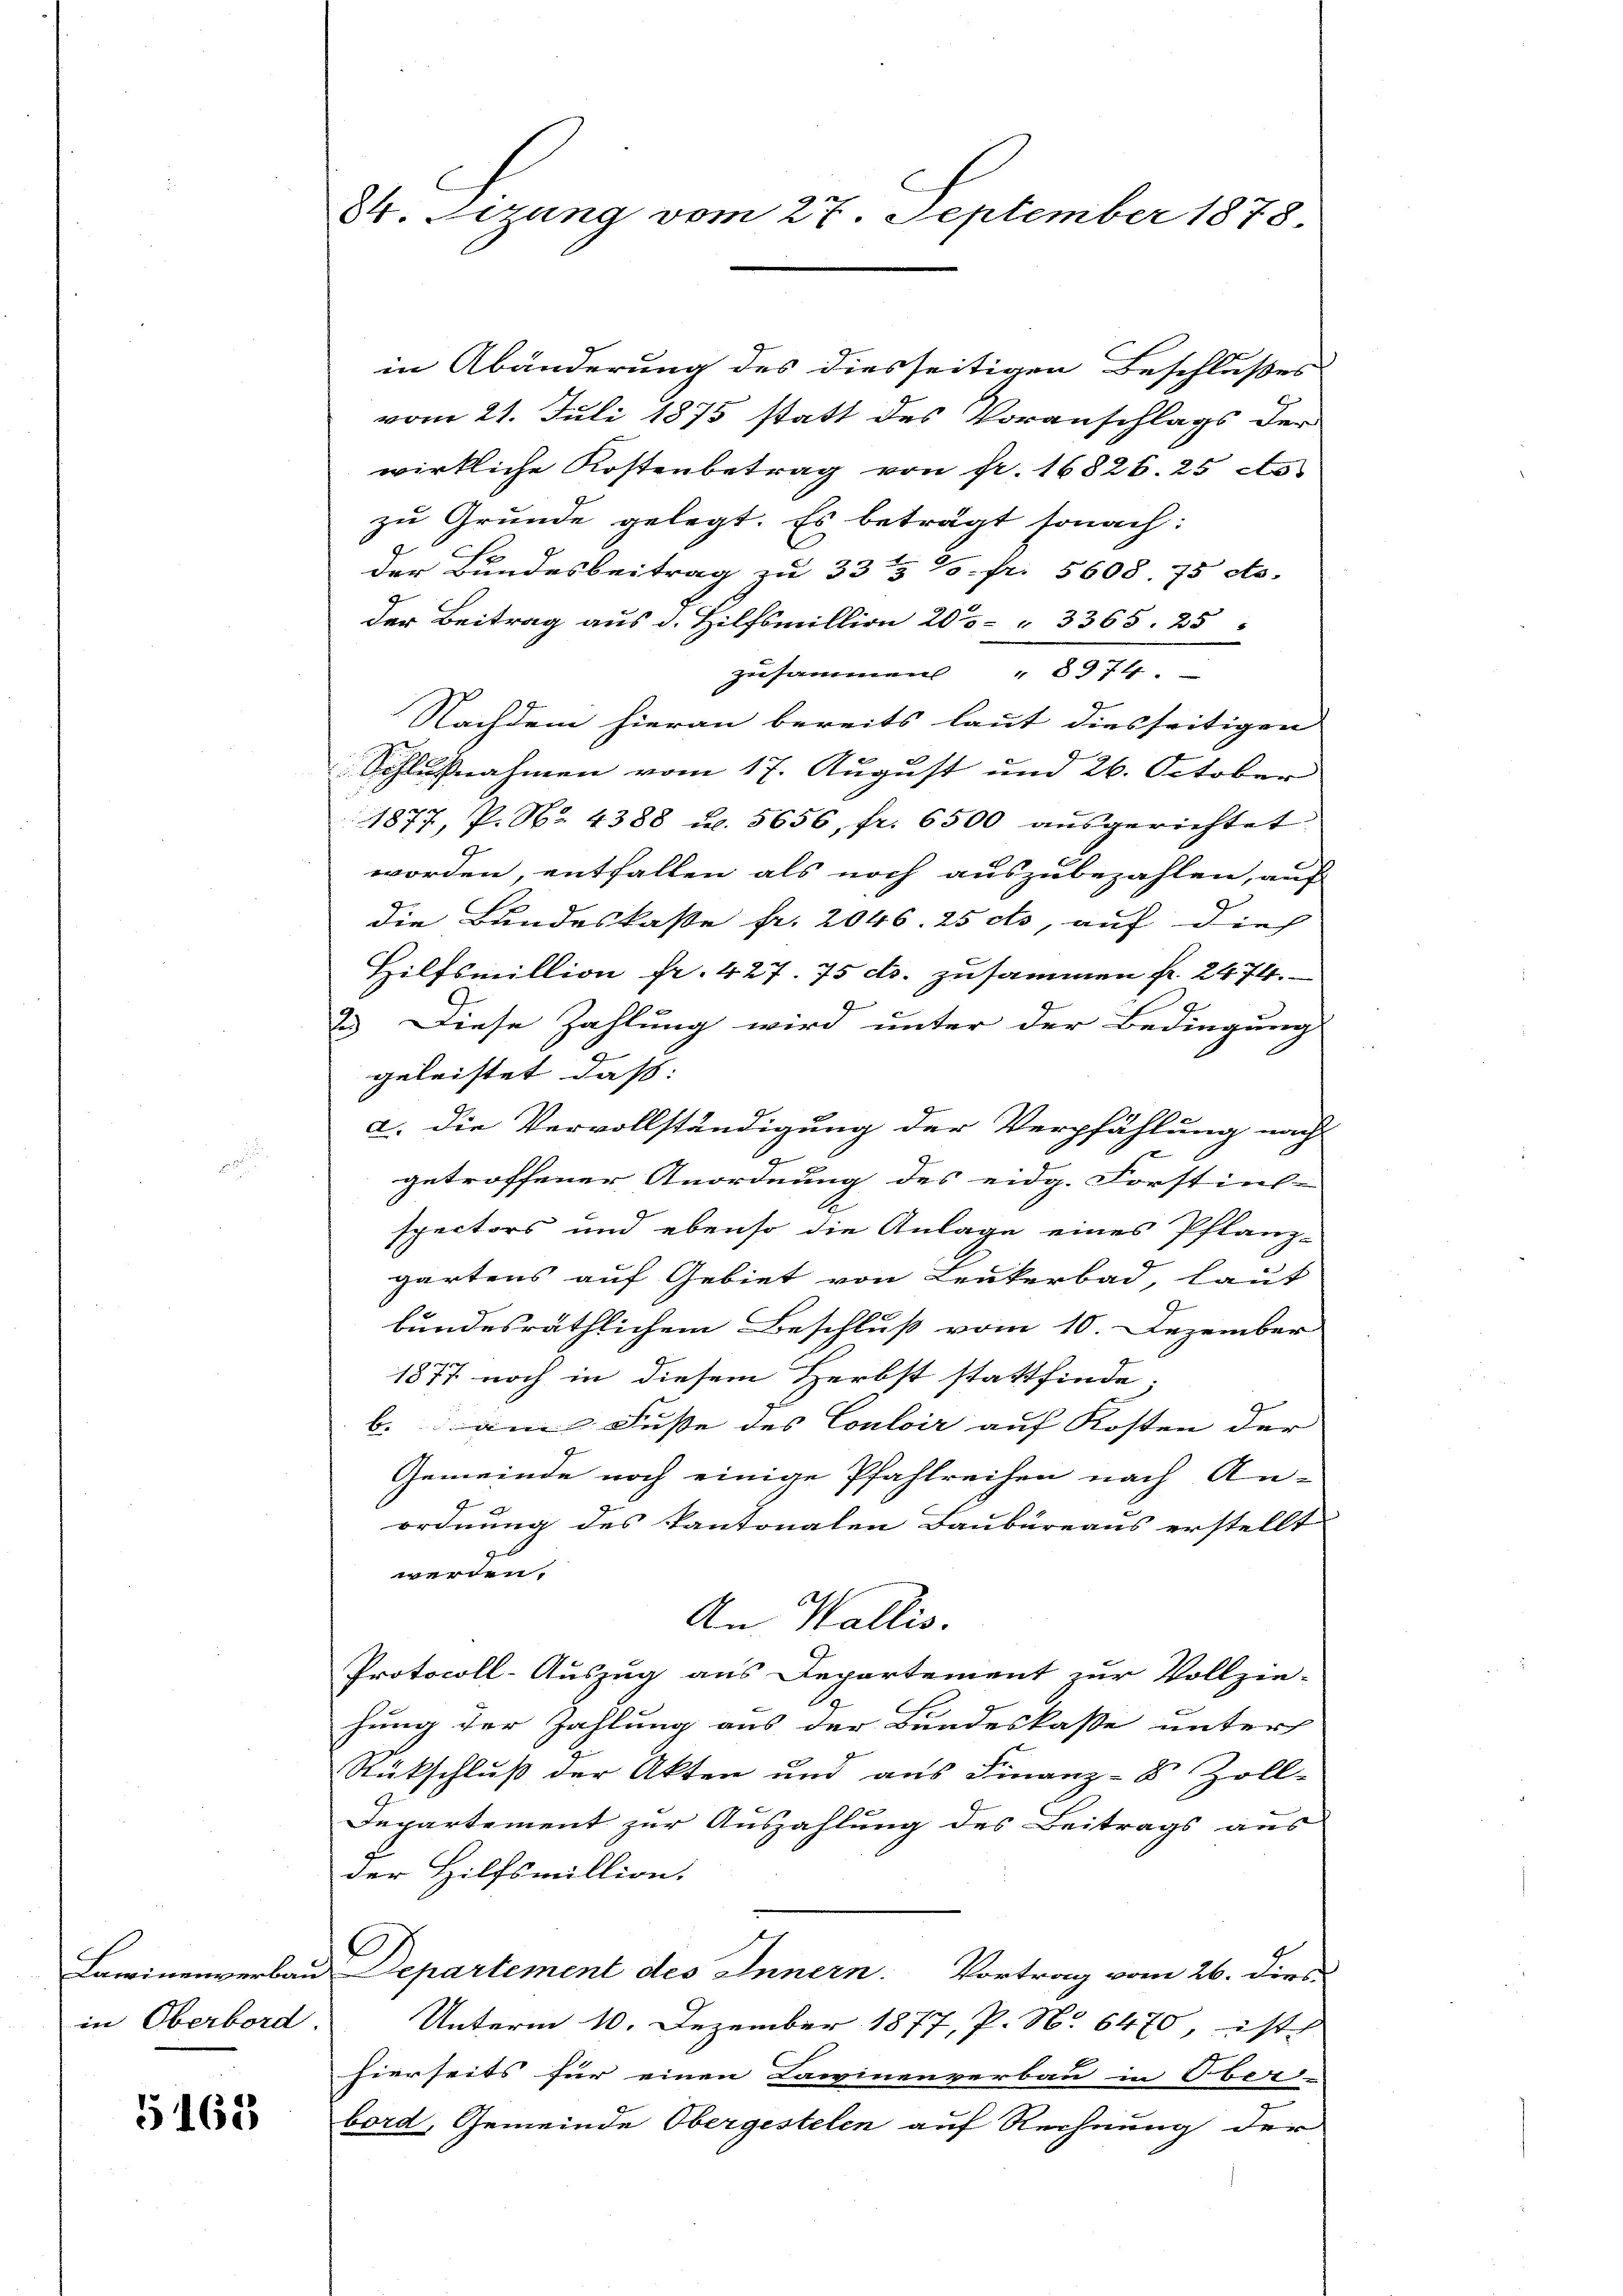
in Oberbord.

5162

84. Sizung vom 27. September 1878.

in Abänderung des diesseitigen Beschlußes
vom 21. Juli 1875 statt des Voranschlags der
wirkliche Kostenbetrag von fr. 16826. 25 As
zu Grunde gelegt. Es beträgt sonach:
der Bundesbeitrag zu 33 & 1. fr. 5608. 75 cts.
der Beitrag aus d. Hilfsmillion 20 " 3365. 25 "
zusammen " 8374.
Nachdem hieran bereits laut diesseitigen
Schlußnahmen vom 17. August und 26. October
1877, P. Nr. 4388 u. 5656, fr. 6500 aŭsgerichtet
worden, entfallen als noch auszubezahlen, auf
A
die Bundeskasse fr. 2046. 25 cts, auf dies
Hilfsmillion pr. 427. 75 ds. zusammen fr. 2474.
2.) Diese Zahlung wird unter der Bedingung
geleistet, dass
a. Die Vervollständigung der Verpfählung nach
2
getroffener Anordnung des eidg. Forstins-
spectors und ebenso die Anlage eines Pflanz-
gartens auf Gebiet von Leukerbad, laut
bundesräthlichem Beschluß vom 10. Dezember
1877 noch in diesem Herbst stattfinde.
b. am Fusse des Couloir auf Kosten der
Gemeinde noch einige Pfahlreihen nach An-
ordnung des kantonalen Baubüreaus erstellt
werden.
An Wallis.
Protocoll-Auszug aus Departement zur Vollzie-
hung der Zahlung aus der Bundeskasse unter
Rückschluß der Akten und aus Finanz-S. Zoll-
Departement zur Auszahlung des Beitrags aus
der Hilfsmillion.
Lawinenverbau Departement des Innern. Vortrag vom 26. dies
Unterm 10. Dezember 1877, P. N. 6470, ist
hierseits für einen Lawinenverbau in Ober-
bord, Gemeinde Obergestelen auf Rechnung der